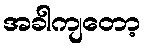
အခါကျတော့